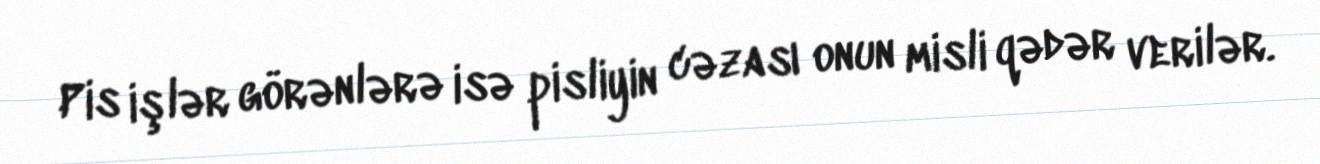
Pis işlər görənlərə isə pisliyin cəzası onun misli qədər verilər.